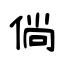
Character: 倘